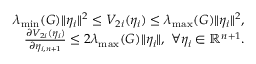
\begin{array} { r l r } & { } & { \lambda _ { \operatorname* { m i n } } ( G ) \| \eta _ { i } \| ^ { 2 } \leq V _ { 2 i } ( \eta _ { i } ) \leq \lambda _ { \operatorname* { m a x } } ( G ) \| \eta _ { i } \| ^ { 2 } , } \\ & { } & { \frac { \partial V _ { 2 i } ( \eta _ { i } ) } { \partial \eta _ { i , n + 1 } } \leq 2 \lambda _ { \operatorname* { m a x } } ( G ) \| \eta _ { i } \| , \; \forall \eta _ { i } \in \mathbb { R } ^ { n + 1 } . } \end{array}